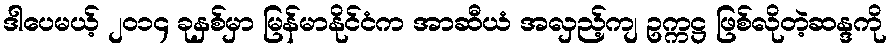
ဒါပေမယ့် ၂၀၁၄ ခုနှစ်မှာ မြန်မာနိုင်ငံက အာဆီယံ အလှည့်ကျ ဥက္ကဋ္ဌ ဖြစ်လိုတဲ့ဆန္ဒကို